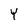
Character: Y